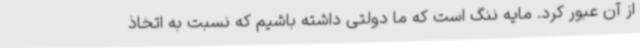
از آن عبور کرد. مایه ننگ است که ما دولتی داشته باشیم که نسبت به اتخاذ